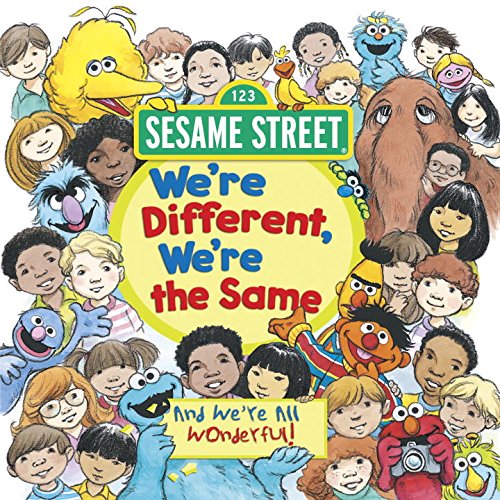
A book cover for We're Different, We're the Same (Sesame Street) (Pictureback(R)); Bobbi Kates; Children's Books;